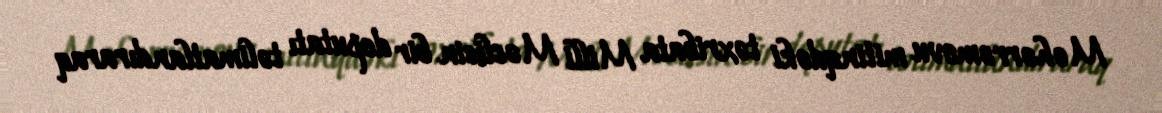
Məhərrəmovu mitinqdəki təxribata Milli Məclisin bir deputatı təlimatlandıraraq